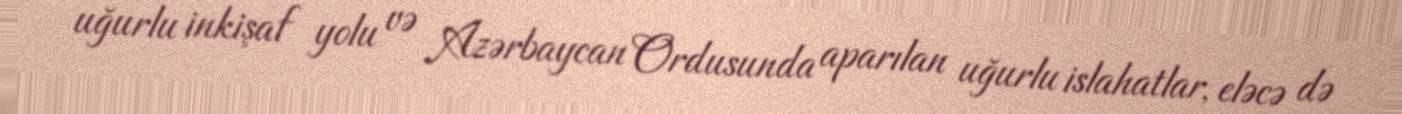
uğurlu inkişaf yolu və Azərbaycan Ordusunda aparılan uğurlu islahatlar, eləcə də